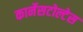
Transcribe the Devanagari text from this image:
कार्नेसटोल्टेस